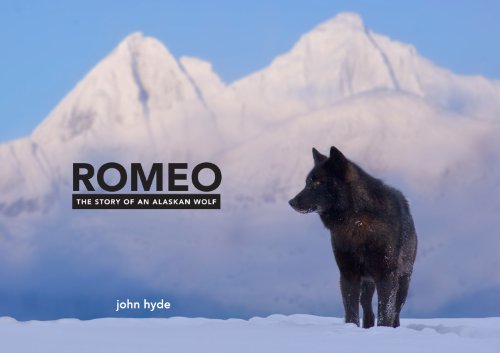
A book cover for Romeo: The Story of an Alaskan Wolf; John Hyde; Arts & Photography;